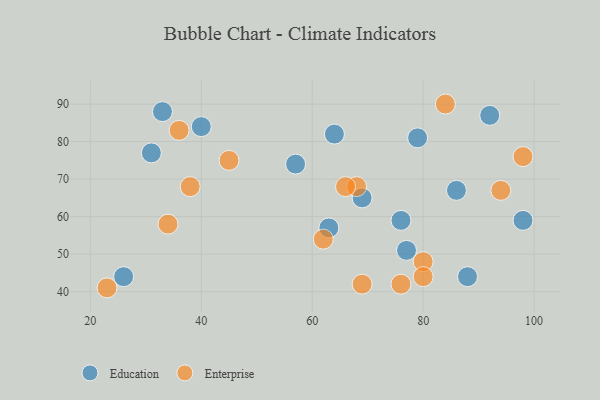
{"axis": {"x": "GDP", "y": "Life Expectancy"}, "legend": ["Education", "Enterprise"], "data": [{"x": "33", "y": 88, "type": "Education"}, {"x": "86", "y": 67, "type": "Education"}, {"x": "77", "y": 51, "type": "Education"}, {"x": "92", "y": 87, "type": "Education"}, {"x": "69", "y": 65, "type": "Education"}, {"x": "79", "y": 81, "type": "Education"}, {"x": "98", "y": 59, "type": "Education"}, {"x": "31", "y": 77, "type": "Education"}, {"x": "63", "y": 57, "type": "Education"}, {"x": "40", "y": 84, "type": "Education"}, {"x": "64", "y": 82, "type": "Education"}, {"x": "76", "y": 59, "type": "Education"}, {"x": "57", "y": 74, "type": "Education"}, {"x": "26", "y": 44, "type": "Education"}, {"x": "88", "y": 44, "type": "Education"}, {"x": "68", "y": 68, "type": "Enterprise"}, {"x": "36", "y": 83, "type": "Enterprise"}, {"x": "80", "y": 48, "type": "Enterprise"}, {"x": "94", "y": 67, "type": "Enterprise"}, {"x": "98", "y": 76, "type": "Enterprise"}, {"x": "62", "y": 54, "type": "Enterprise"}, {"x": "84", "y": 90, "type": "Enterprise"}, {"x": "80", "y": 44, "type": "Enterprise"}, {"x": "34", "y": 58, "type": "Enterprise"}, {"x": "76", "y": 42, "type": "Enterprise"}, {"x": "45", "y": 75, "type": "Enterprise"}, {"x": "38", "y": 68, "type": "Enterprise"}, {"x": "66", "y": 68, "type": "Enterprise"}, {"x": "69", "y": 42, "type": "Enterprise"}, {"x": "23", "y": 41, "type": "Enterprise"}]}